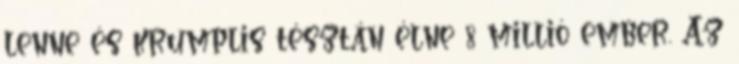
lenne és krumplis tésztán élne 8 millió ember. Az